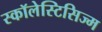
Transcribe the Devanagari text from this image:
स्कॉलेस्टिसिज्म